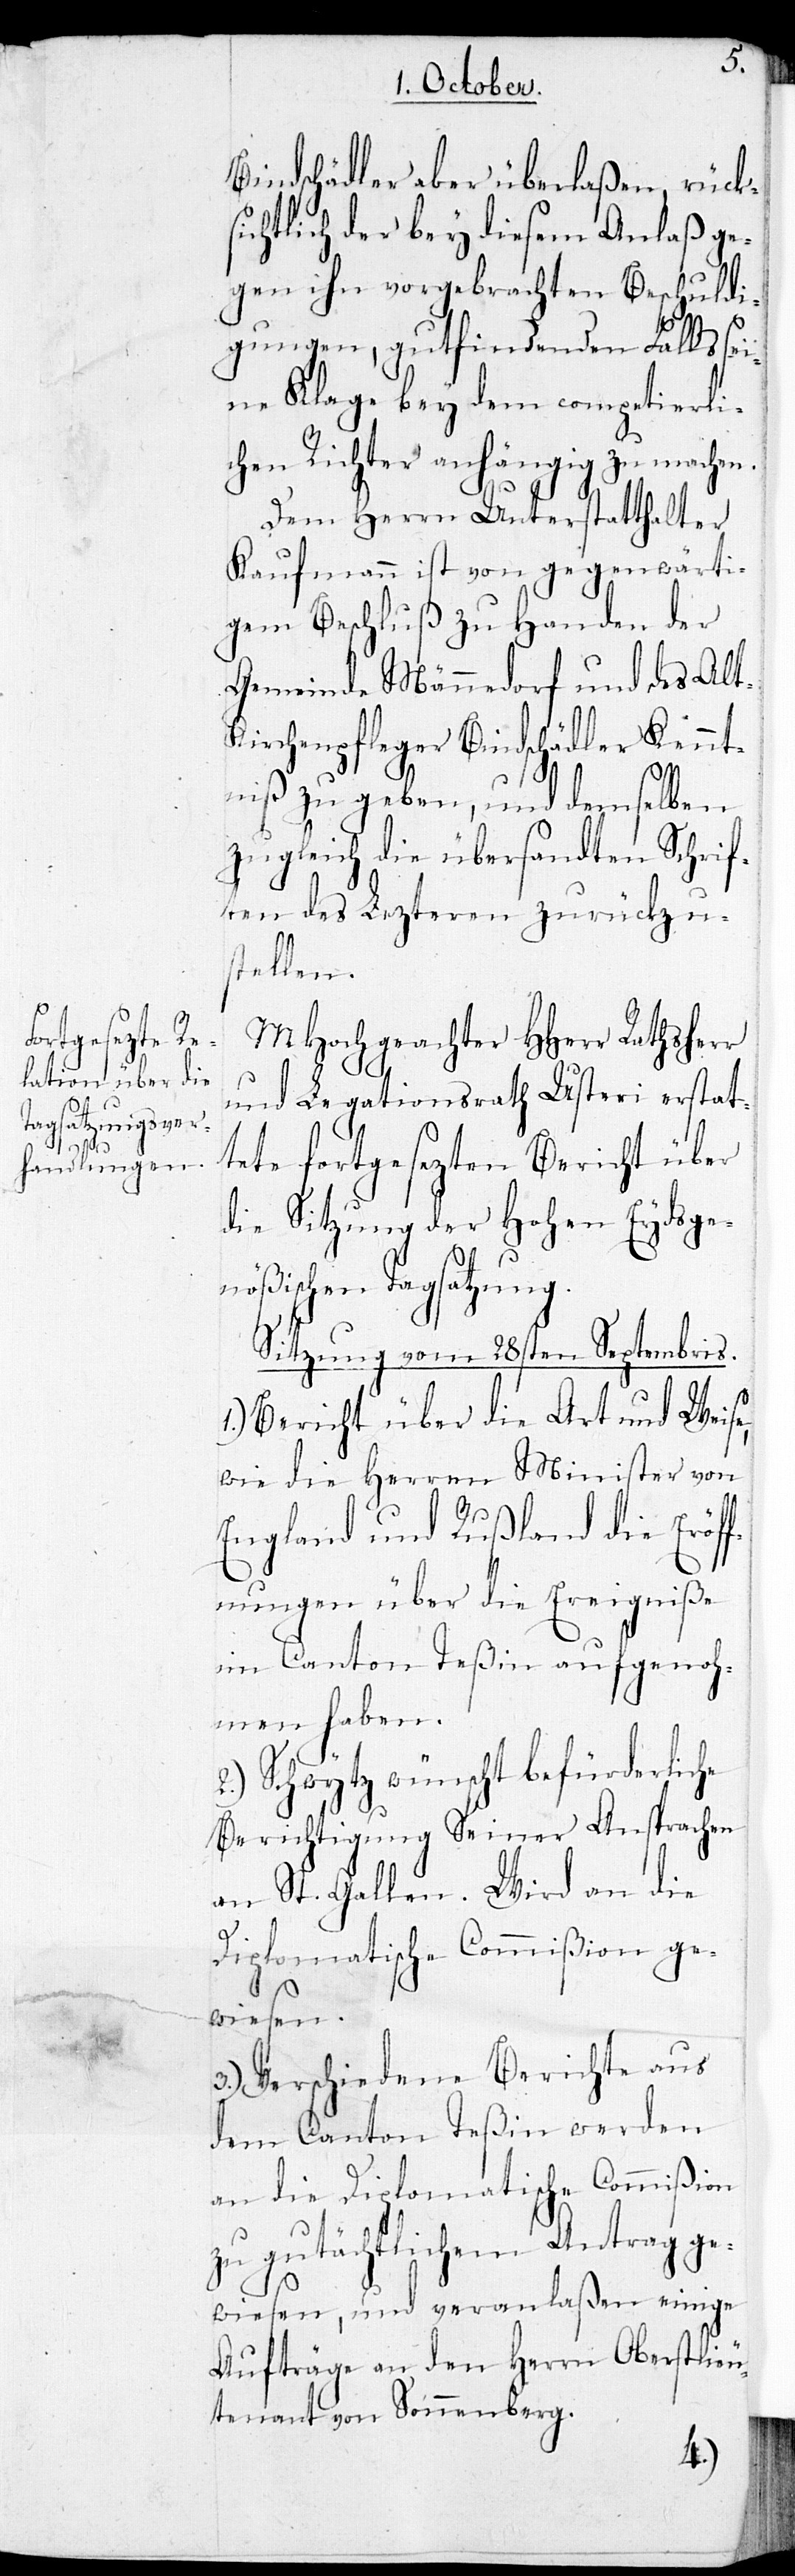
Bindschädler aber überlaßen, rück¬
sichtlich der bey diesem Anlaß ge¬
gen ihn vorgebrachten Beschuldi¬
gungen, gutfindenden Falls sei¬
ne Klage bey dem competierli¬
chen Richter anhängig zu machen.
Dem Herrn Unterstatthalter
Kaufmann ist von gegenwärti¬
gem Beschluß zu Handen der
Gemeinde Männedorf und des Alt¬
kirchenpfleger Bindschädler Kennt¬
niß zu geben, und demselben
zugleich die übersandten Schrif¬
ten des Lezteren zurückzu¬
stellen.
MHochgeachter HHerr Rathsherr
und Legationsrath Usteri erstat¬
tete fortgesezten Bericht über
die Sitzung der Hohen Eydsge¬
nößischen Tagsatzung.
Sitzung vom 28sten Septembris.
1.) Bericht über die Art und Weise,
wie die Herren Minister von
England und Rußland die Eröff¬
nungen, über die Ereigniße
im Canton Teßin aufgenoh¬
men haben.
2.) Schwytz wünscht befürderliche
Berichtigung Seiner Ansprachen
an St. Gallen. Wird an die
Diplomatische Commißion ge¬
wiesen.
3.) Verschiedene Berichte aus
dem Canton Teßin werden
an die Diplomatische Commißion
zu gutächtlichem Antrag ge¬
wiesen, und veranlaßen einige
Aufträge an den Herrn Oberstlieu¬
tenant von Sonnenberg.